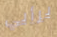
برأيي